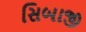
સિબાજી